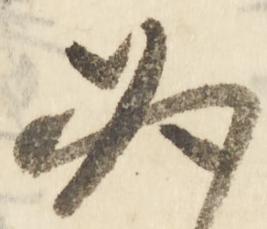
必